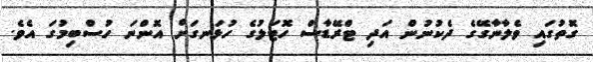
ގޮތުގައި ވެލާނާގޭގެ ދެކުނުން އަދި ޓްރޭޑާސް ހޮޓަލުގެ ހުޅަނގަށް އޮންނަ ހުސްބިމުގަ އެވެ.